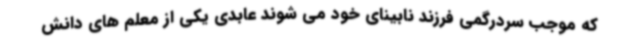
که موجب سردرگمی فرزند نابینای خود می شوند عابدی یکی از معلم های دانش